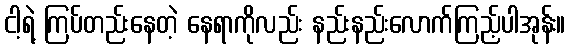
ငါ့ရဲ့ ကြပ်တည်းနေတဲ့ နေရာကိုလည်း နည်းနည်းလောက်ကြည့်ပါအုန်း။